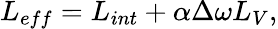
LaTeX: L_{eff}=L_{int}+\alpha\Delta\omega L_{V},